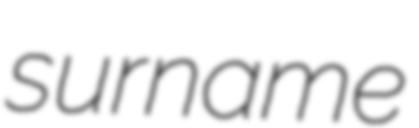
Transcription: surname